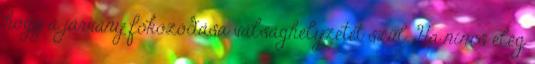
hogy a járvány fokozódása válsághelyzetet szül. Ha nincs elég